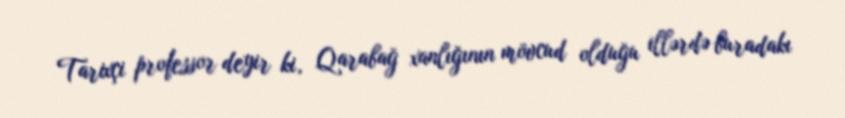
Tarixçi professor deyir ki, Qarabağ xanlığının mövcud olduğu illərdə buradakı